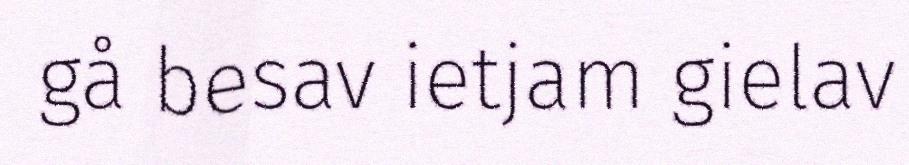
gå besav ietjam gielav